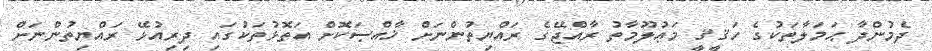
ދެމުންދާ ޙަމަލާތަކުގެ ހަޤީޤީ މަޢުލޫމާތު ރާއްޖޭގެ ރައްޔިތުންނަށް ޚާއްޞަކޮށް އަތޮޅުތަކުގައި ދިރިއުޅޭ ރައްޔިތުންނަށް